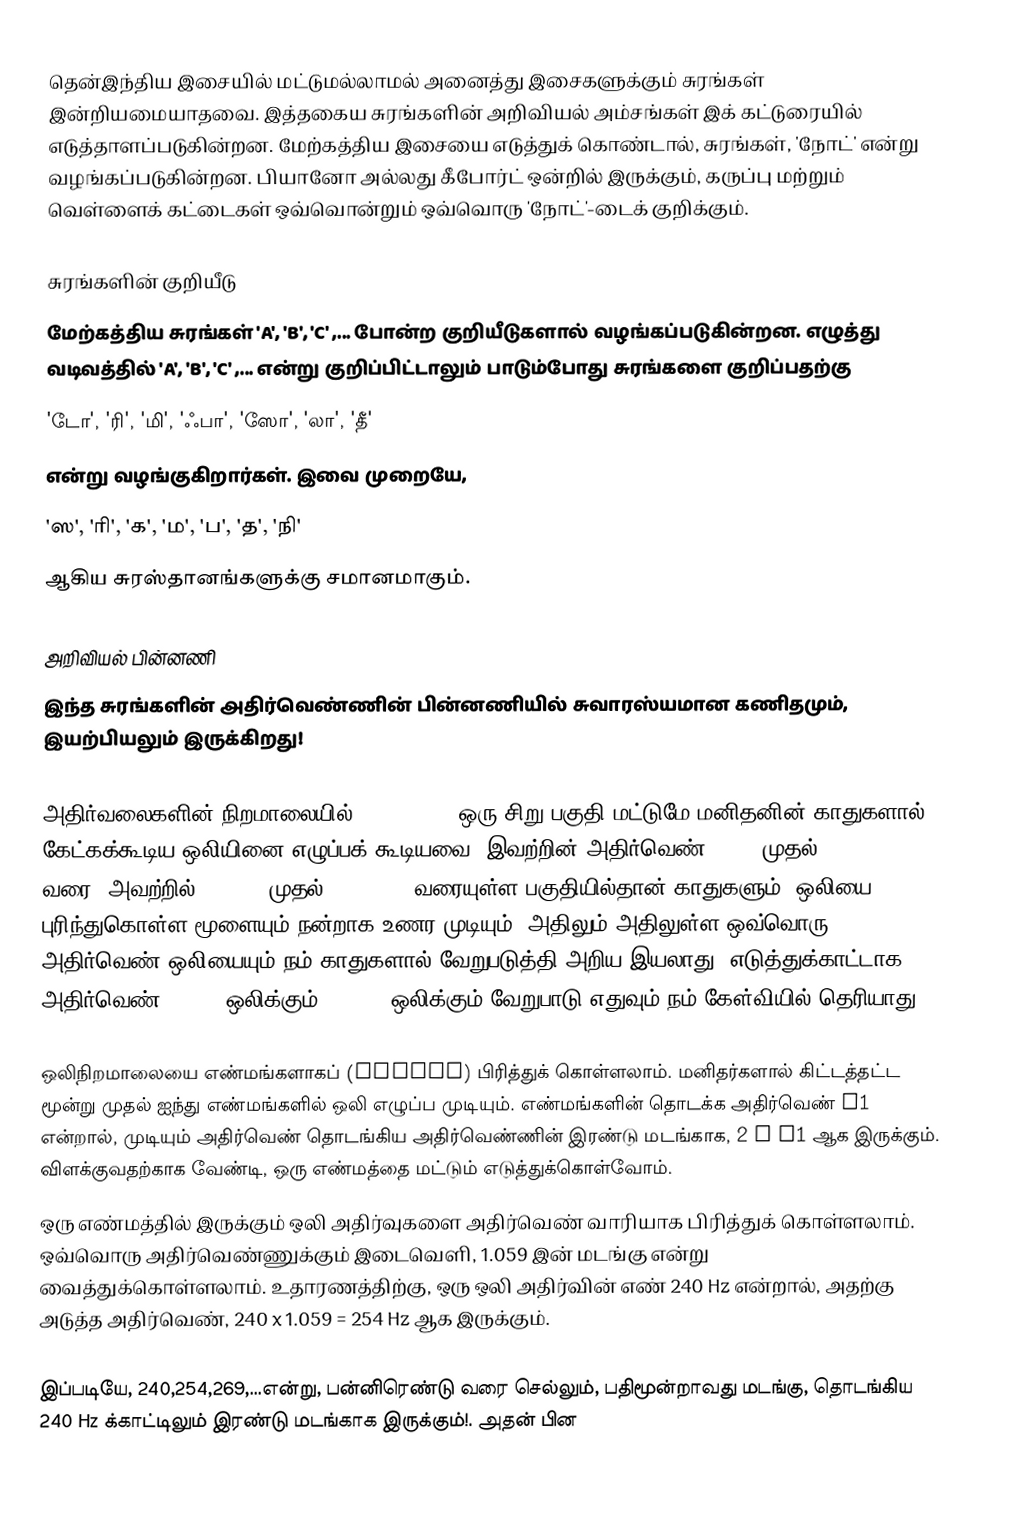
தென்இந்திய இசையில் மட்டுமல்லாமல் அனைத்து இசைகளுக்கும் சுரங்கள் இன்றியமையாதவை. இத்தகைய சுரங்களின் அறிவியல் அம்சங்கள் இக் கட்டுரையில் எடுத்தாளப்படுகின்றன.  மேற்கத்திய இசையை எடுத்துக் கொண்டால், சுரங்கள், 'நோட்' என்று வழங்கப்படுகின்றன. பியானோ அல்லது கீபோர்ட் ஒன்றில் இருக்கும், கருப்பு மற்றும் வெள்ளைக் கட்டைகள் ஒவ்வொன்றும் ஒவ்வொரு 'நோட்'-டைக் குறிக்கும்.

சுரங்களின் குறியீடு
மேற்கத்திய சுரங்கள் 'A', 'B', 'C' ,... போன்ற குறியீடுகளால் வழங்கப்படுகின்றன. எழுத்து வடிவத்தில் 'A', 'B', 'C' ,... என்று குறிப்பிட்டாலும் பாடும்போது சுரங்களை குறிப்பதற்கு
'டோ', 'ரி', 'மி', 'ஃபா', 'ஸோ', 'லா', 'தீ'
என்று வழங்குகிறார்கள். இவை முறையே,
'ஸ', 'ரி', 'க', 'ம', 'ப', 'த', 'நி'
ஆகிய சுரஸ்தானங்களுக்கு சமானமாகும்.

அறிவியல் பின்னணி
இந்த சுரங்களின் அதிர்வெண்ணின் பின்னணியில் சுவாரஸ்யமான கணிதமும், இயற்பியலும் இருக்கிறது!

அதிர்வலைகளின் நிறமாலையில் (spectrum), ஒரு சிறு பகுதி மட்டுமே மனிதனின் காதுகளால் கேட்கக்கூடிய ஒலியினை எழுப்பக் கூடியவை. இவற்றின் அதிர்வெண் 16 Hz முதல் 16,000 Hz வரை. அவற்றில் 1000 Hz முதல் 16,000 Hz வரையுள்ள பகுதியில்தான் காதுகளும், ஒலியை புரிந்துகொள்ள மூளையும் நன்றாக உணர முடியும். அதிலும் அதிலுள்ள ஒவ்வொரு அதிர்வெண் ஒலியையும் நம் காதுகளால் வேறுபடுத்தி அறிய இயலாது. எடுத்துக்காட்டாக அதிர்வெண் 240 Hz ஒலிக்கும், 241 Hz ஒலிக்கும் வேறுபாடு எதுவும் நம் கேள்வியில் தெரியாது.

ஒலிநிறமாலையை எண்மங்களாகப் (octave) பிரித்துக் கொள்ளலாம். மனிதர்களால் கிட்டத்தட்ட மூன்று முதல் ஐந்து எண்மங்களில் ஒலி எழுப்ப முடியும். எண்மங்களின் தொடக்க அதிர்வெண் f1 என்றால், முடியும் அதிர்வெண் தொடங்கிய அதிர்வெண்ணின் இரண்டு மடங்காக, 2 x f1 ஆக இருக்கும். விளக்குவதற்காக வேண்டி, ஒரு எண்மத்தை மட்டும் எடுத்துக்கொள்வோம்.
ஒரு எண்மத்தில் இருக்கும் ஒலி அதிர்வுகளை அதிர்வெண் வாரியாக பிரித்துக் கொள்ளலாம். ஒவ்வொரு அதிர்வெண்ணுக்கும் இடைவெளி, 1.059 இன் மடங்கு என்று வைத்துக்கொள்ளலாம். உதாரணத்திற்கு, ஒரு ஒலி அதிர்வின் எண் 240 Hz என்றால், அதற்கு அடுத்த அதிர்வெண், 240 x 1.059 = 254 Hz ஆக இருக்கும்.

இப்படியே, 240,254,269,...என்று, பன்னிரெண்டு வரை செல்லும், பதிமூன்றாவது மடங்கு, தொடங்கிய 240 Hz க்காட்டிலும் இரண்டு மடங்காக இருக்கும்!. அதன் பின